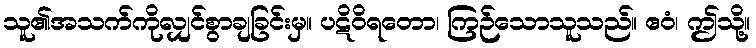
သူ၏အသက်ကိုလျှင်စွာချခြင်းမှ။ ပဋိဝိရတော၊ ကြဉ်သောသူသည်။ ဧဝံ၊ ဤသို့။